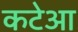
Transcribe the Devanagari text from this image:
कटेआ